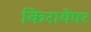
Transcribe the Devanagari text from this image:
किरायेपर